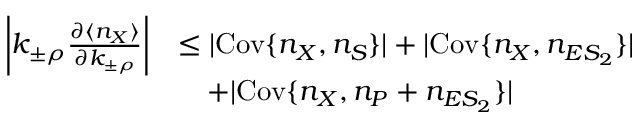
\begin{array} { r l } { \left| k _ { \pm \rho } \frac { \partial \langle n _ { X } \rangle } { \partial k _ { \pm \rho } } \right| } & { \leq | \mathrm { C o v } \{ n _ { X } , n _ { S } \} | + | \mathrm { C o v } \{ n _ { X } , n _ { E S _ { 2 } } \} | } \\ & { ~ ~ ~ + | \mathrm { C o v } \{ n _ { X } , n _ { P } + n _ { E S _ { 2 } } \} | } \end{array}